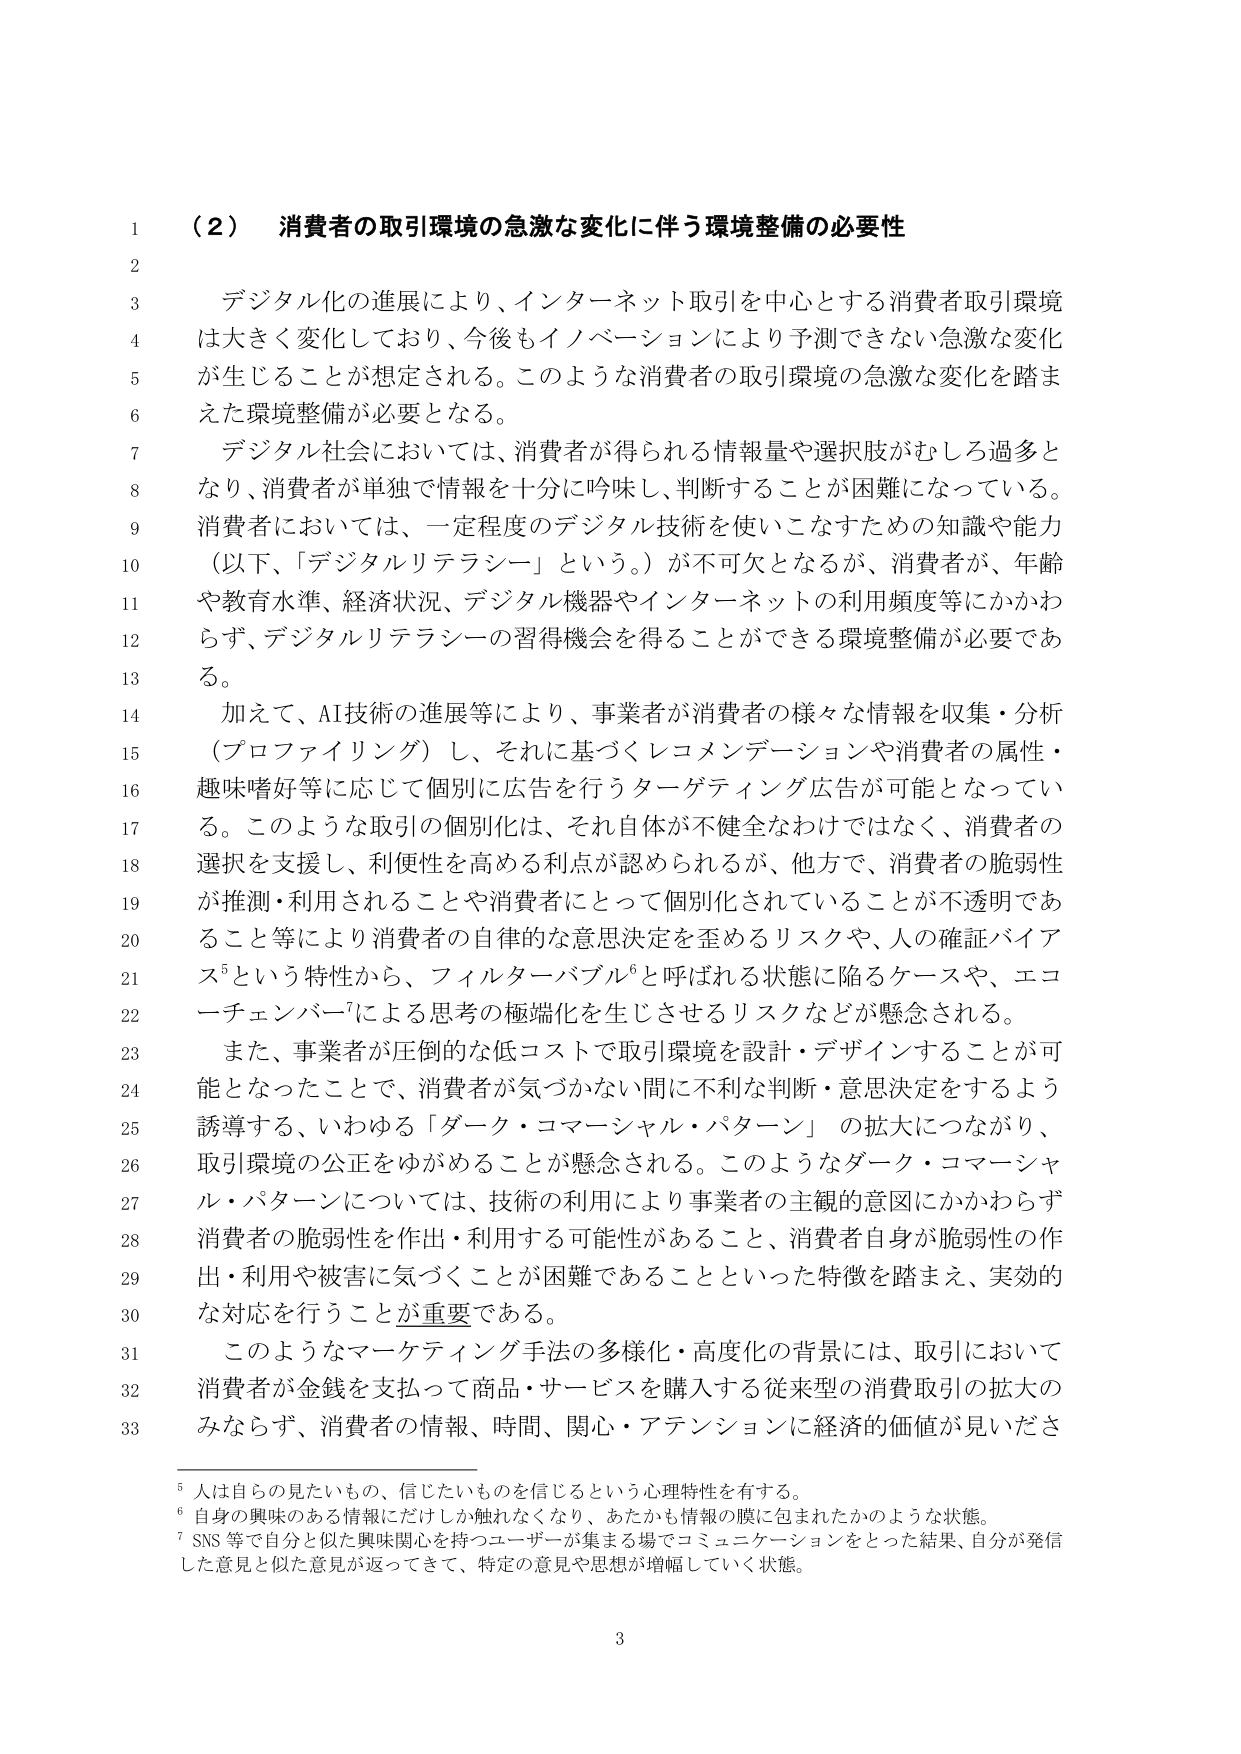
（２） 消費者の取引環境の急激な変化に伴う環境整備の必要性

デジタル化の進展により、インターネット取引を中心とする消費者取引環境は大きく変化しており、今後もイノベーションにより予測できない急激な変化が生じることが想定される。このような消費者の取引環境の急激な変化を踏まえた環境整備が必要となる。

デジタル社会においては、消費者が得られる情報量や選択肢がむしろ過多となり、消費者が単独で情報を十分に吟味し、判断することが困難になっている。消費者においては、一定程度のデジタル技術を使いこなすための知識や能力（以下、「デジタルリテラシー」という。）が不可欠となるが、消費者が、年齢や教育水準、経済状況、デジタル機器やインターネットの利用頻度等にかかわらず、デジタルリテラシーの習得機会を得ることができる環境整備が必要である。

加えて、AI技術の進展等により、事業者が消費者の様々な情報を収集・分析（プロファイリング）し、それに基づくレコメンデーションや消費者の属性・趣味嗜好等に応じて個別に広告を行うターゲティング広告が可能となっている。このような取引の個別化は、それ自体が不健全なわけではなく、消費者の選択を支援し、利便性を高める利点が認められるが、他方で、消費者の脆弱性が推測・利用されることや消費者にとって個別化されていることが不透明であること等により消費者の自律的な意思決定を歪めるリスクや、人の確証バイアス⁵という特性から、フィルターバブル⁶と呼ばれる状態に陥るケースや、エコーチェンバー⁷による思考の極端化を生じさせるリスクなどが懸念される。

また、事業者が圧倒的な低コストで取引環境を設計・デザインすることが可能となったことで、消費者が気づかない間に不利な判断・意思決定をするよう誘導する、いわゆる「ダーク・コマーシャル・パターン」の拡大につながり、取引環境の公正をゆがめることを懸念される。このようなダーク・コマーシャル・パターンについては、技術の利用により事業者の主観的意図にかかわらず消費者の脆弱性を作出・利用する可能性があること、消費者自身が脆弱性の作出・利用や被害に気づくことが困難であることといった特徴を踏まえ、実効的な対応を行うことが重要である。

このようなマーケティング手法の多様化・高度化の背景には、取引において消費者が金銭を支払って商品・サービスを購入する従来型の消費取引の拡大のみならず、消費者の情報、時間、関心・アテンションに経済的価値が見いださ

⁵ 人は自らの見たいもの、信じたいものを信じるという心理特性を有する。
⁶ 自身の興味のある情報にだけしか触れなくなり、あたかも情報の膜に包まれたかのような状態。
⁷ SNS 等で自分と似た興味関心を持つユーザーが集まる場でコミュニケーションをとった結果、自分が発信した意見と似た意見が返ってきて、特定の意見や思想が増幅していく状態。

3